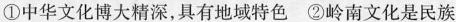
①中华文化博大精深，具有地域特色 ②岭南文化是民族